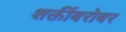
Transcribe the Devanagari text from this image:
शक्तींबरोबर